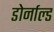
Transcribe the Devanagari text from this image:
डोर्नाल्ड